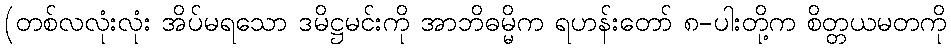
(တစ်လလုံးလုံး အိပ်မရသော ဒမိဋ္ဌမင်းကို အာဘိဓမ္မိက ရဟန်းတော် ၈-ပါးတို့က စိတ္တယမတကို